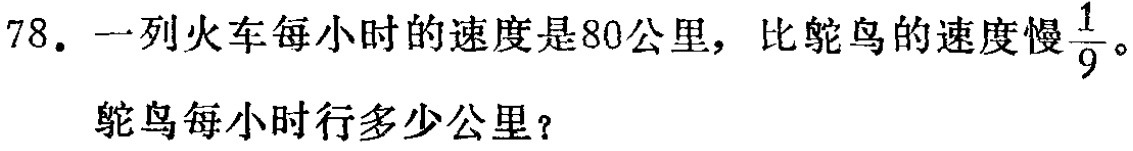
78. 一列火车每小时的速度是80公里，比鸵鸟的速度慢$\frac{1}{9}$。

鸵鸟每小时行多少公里？